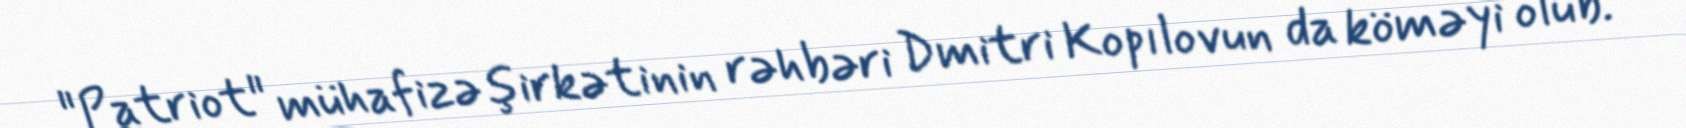
"Patriot" mühafizə şirkətinin rəhbəri Dmitri Kopılovun da köməyi olub.